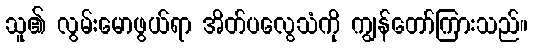
သူ၏ လွမ်းမောဖွယ်ရာ အိတ်ပလွေသံကို ကျွန်တော်ကြားသည်။